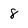
Character: 8